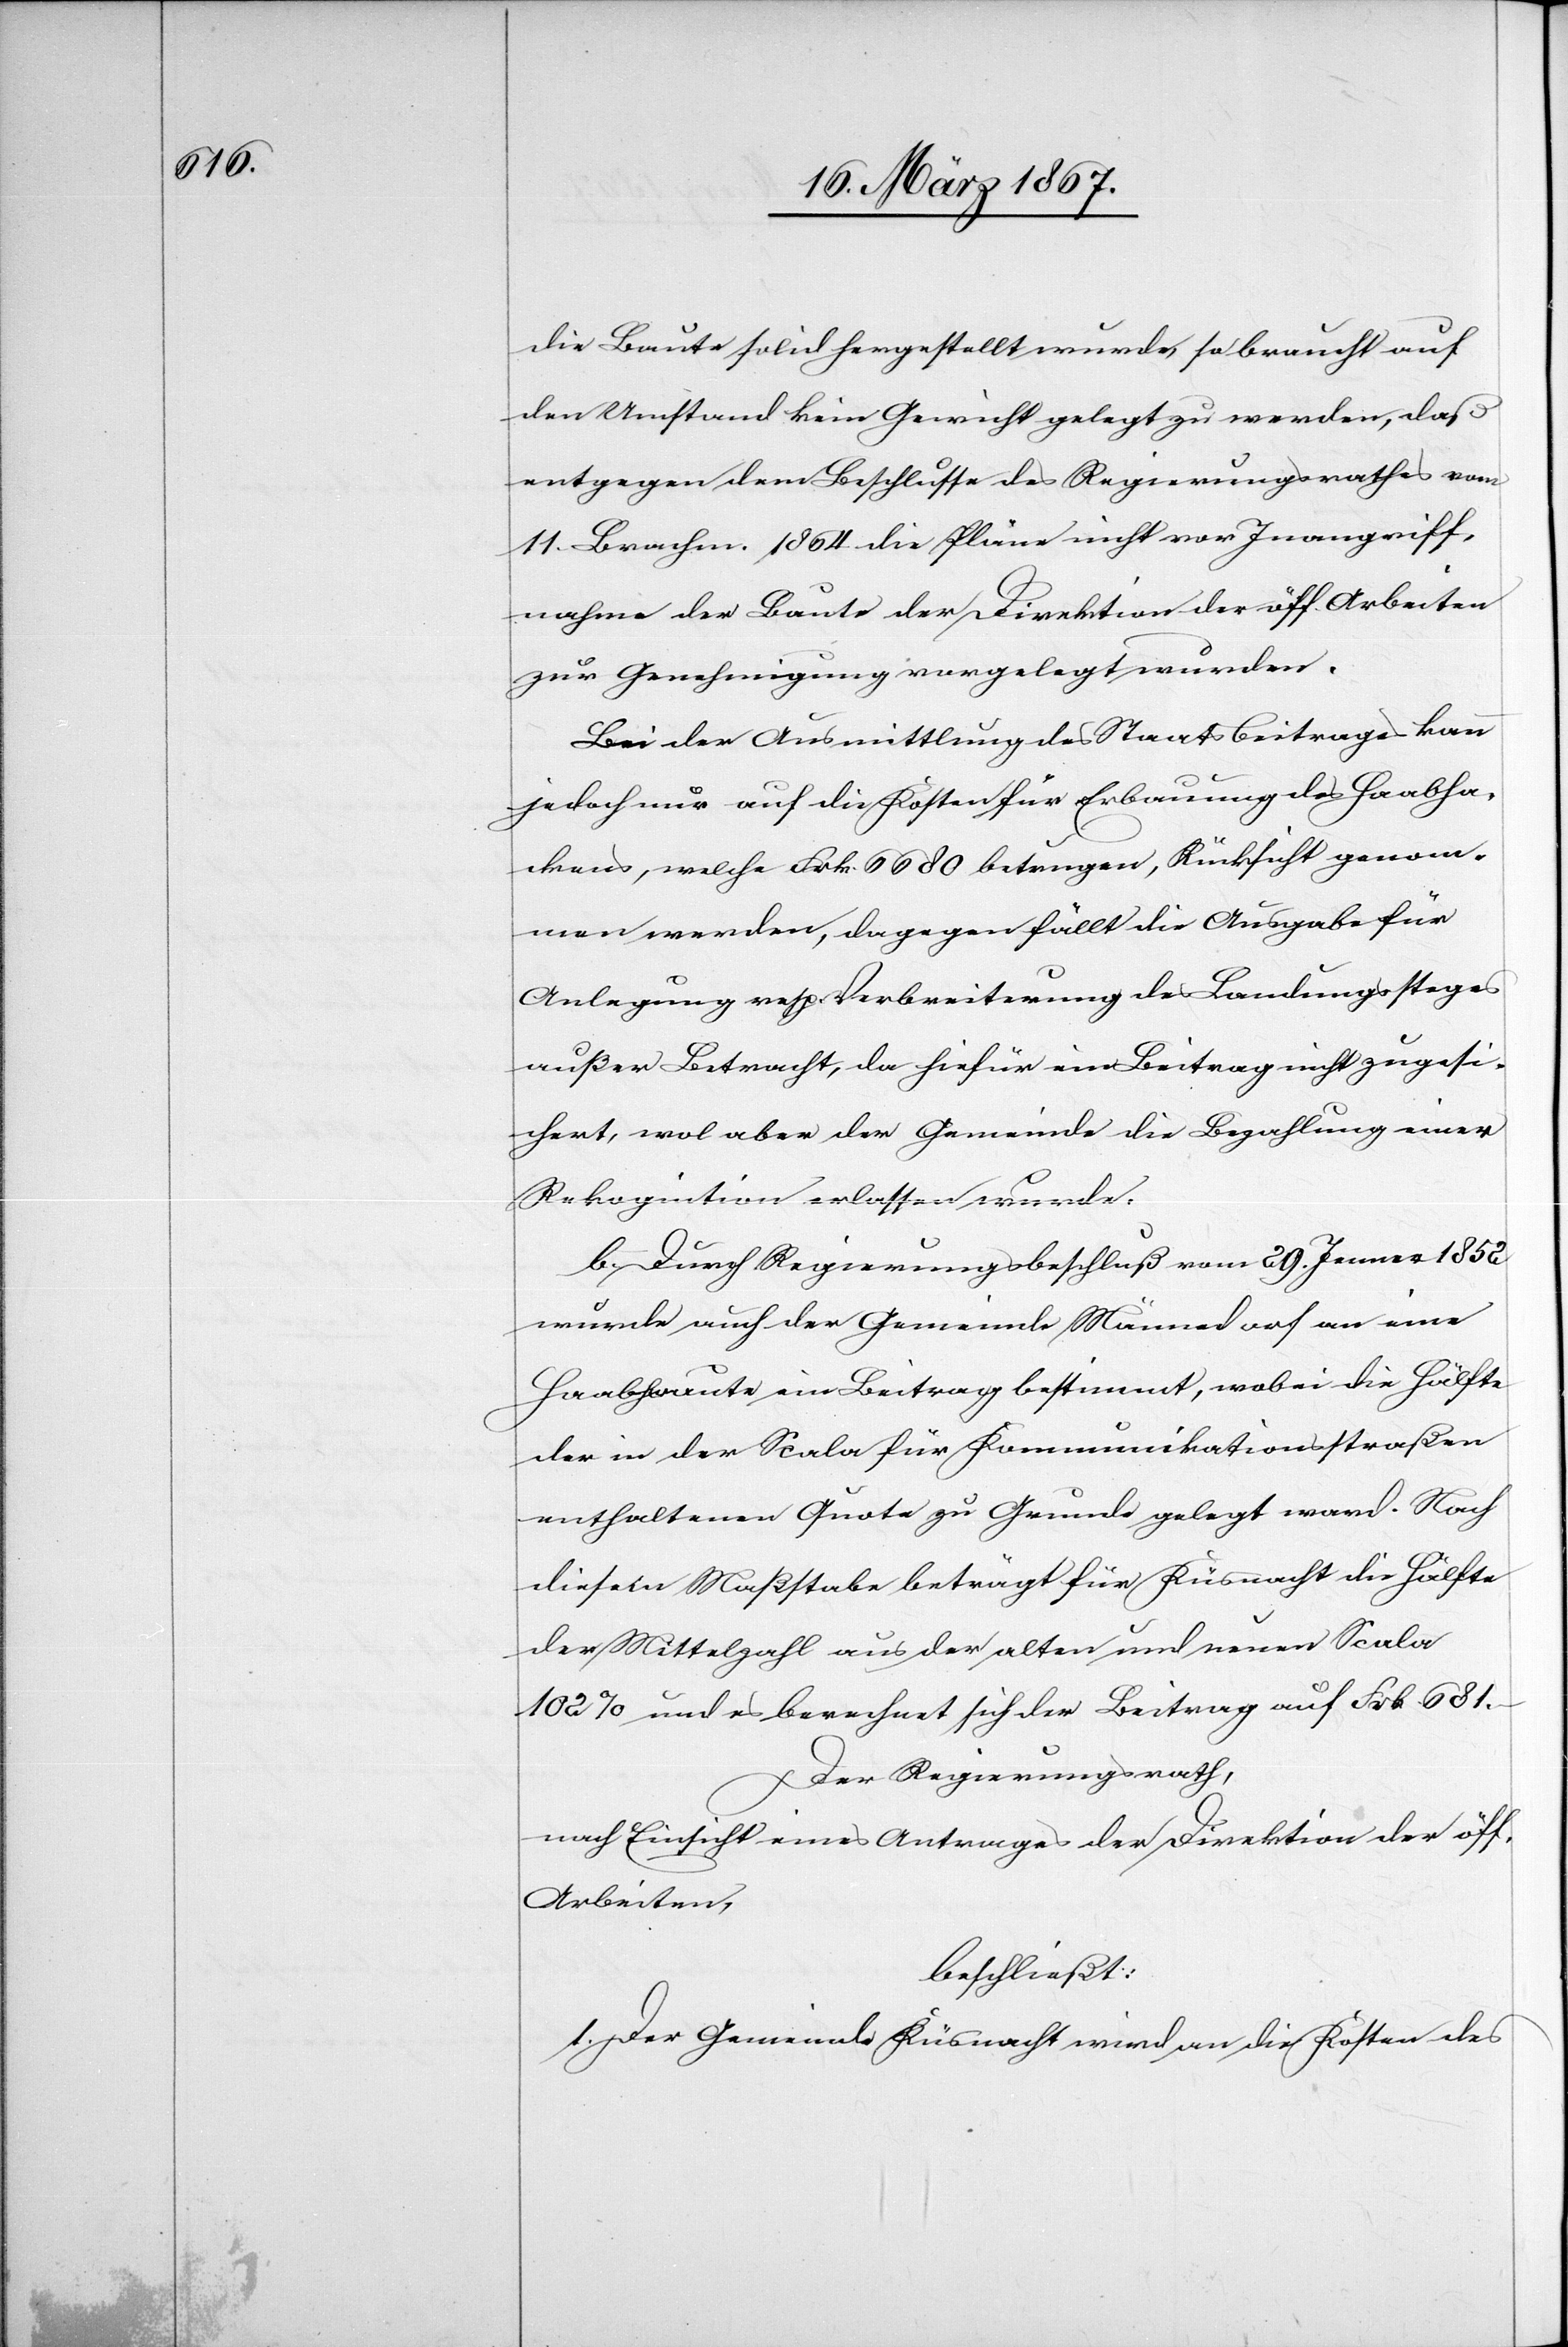
die Baute solid hergestellt wurde, so braucht auf
den Umstand kein Gewicht gelegt zu werden, daß
entgegen dem Beschlusse des Regierungsrathes vom
11. Brachm. 1864 die Pläne nicht vor Inangriff¬
nahme der Baute der Direktion der öff. Arbeiten
zur Genehmigung vorgelegt wurden.
Bei der Ausmittlung des Staatsbeitrages kann
jedoch nur auf die Kosten für Erbauung des Haabha¬
ckens, welche Frk. 6680 betrugen, Rücksicht genom¬
men werden, dagegen fällt die Ausgabe für
Anlegung resp. Verbreiterung des Landungssteges
außer Betracht, da hiefür ein Beitrag nicht zugesi¬
chert, wol aber der Gemeinde die Bezahlung einer
Rekognition erlassen wurde.
b.	Durch Regierungsbeschluß vom 29. Jenner 1852
wurde auch der Gemeinde Männedorf an eine
Haabbaute ein Beitrag bestimmt, wobei die Hälfte
der in der Scala für Kommunikationsstraßen
enthaltenen Quote zu Grunde gelegt ward. Nach
diesem Maßstabe beträgt für Küsnacht die Hälfte
der Mittelzahl aus der alten und neuen Scala
102% und es berechnet sich der Beitrag auf Frk. 671.–
Der Regierungsrath,
nach Einsicht eines Antrages der Direktion der öff.
Arbeiten,
beschließt:
1. Der Gemeinde Küsnacht wird an die Kosten des